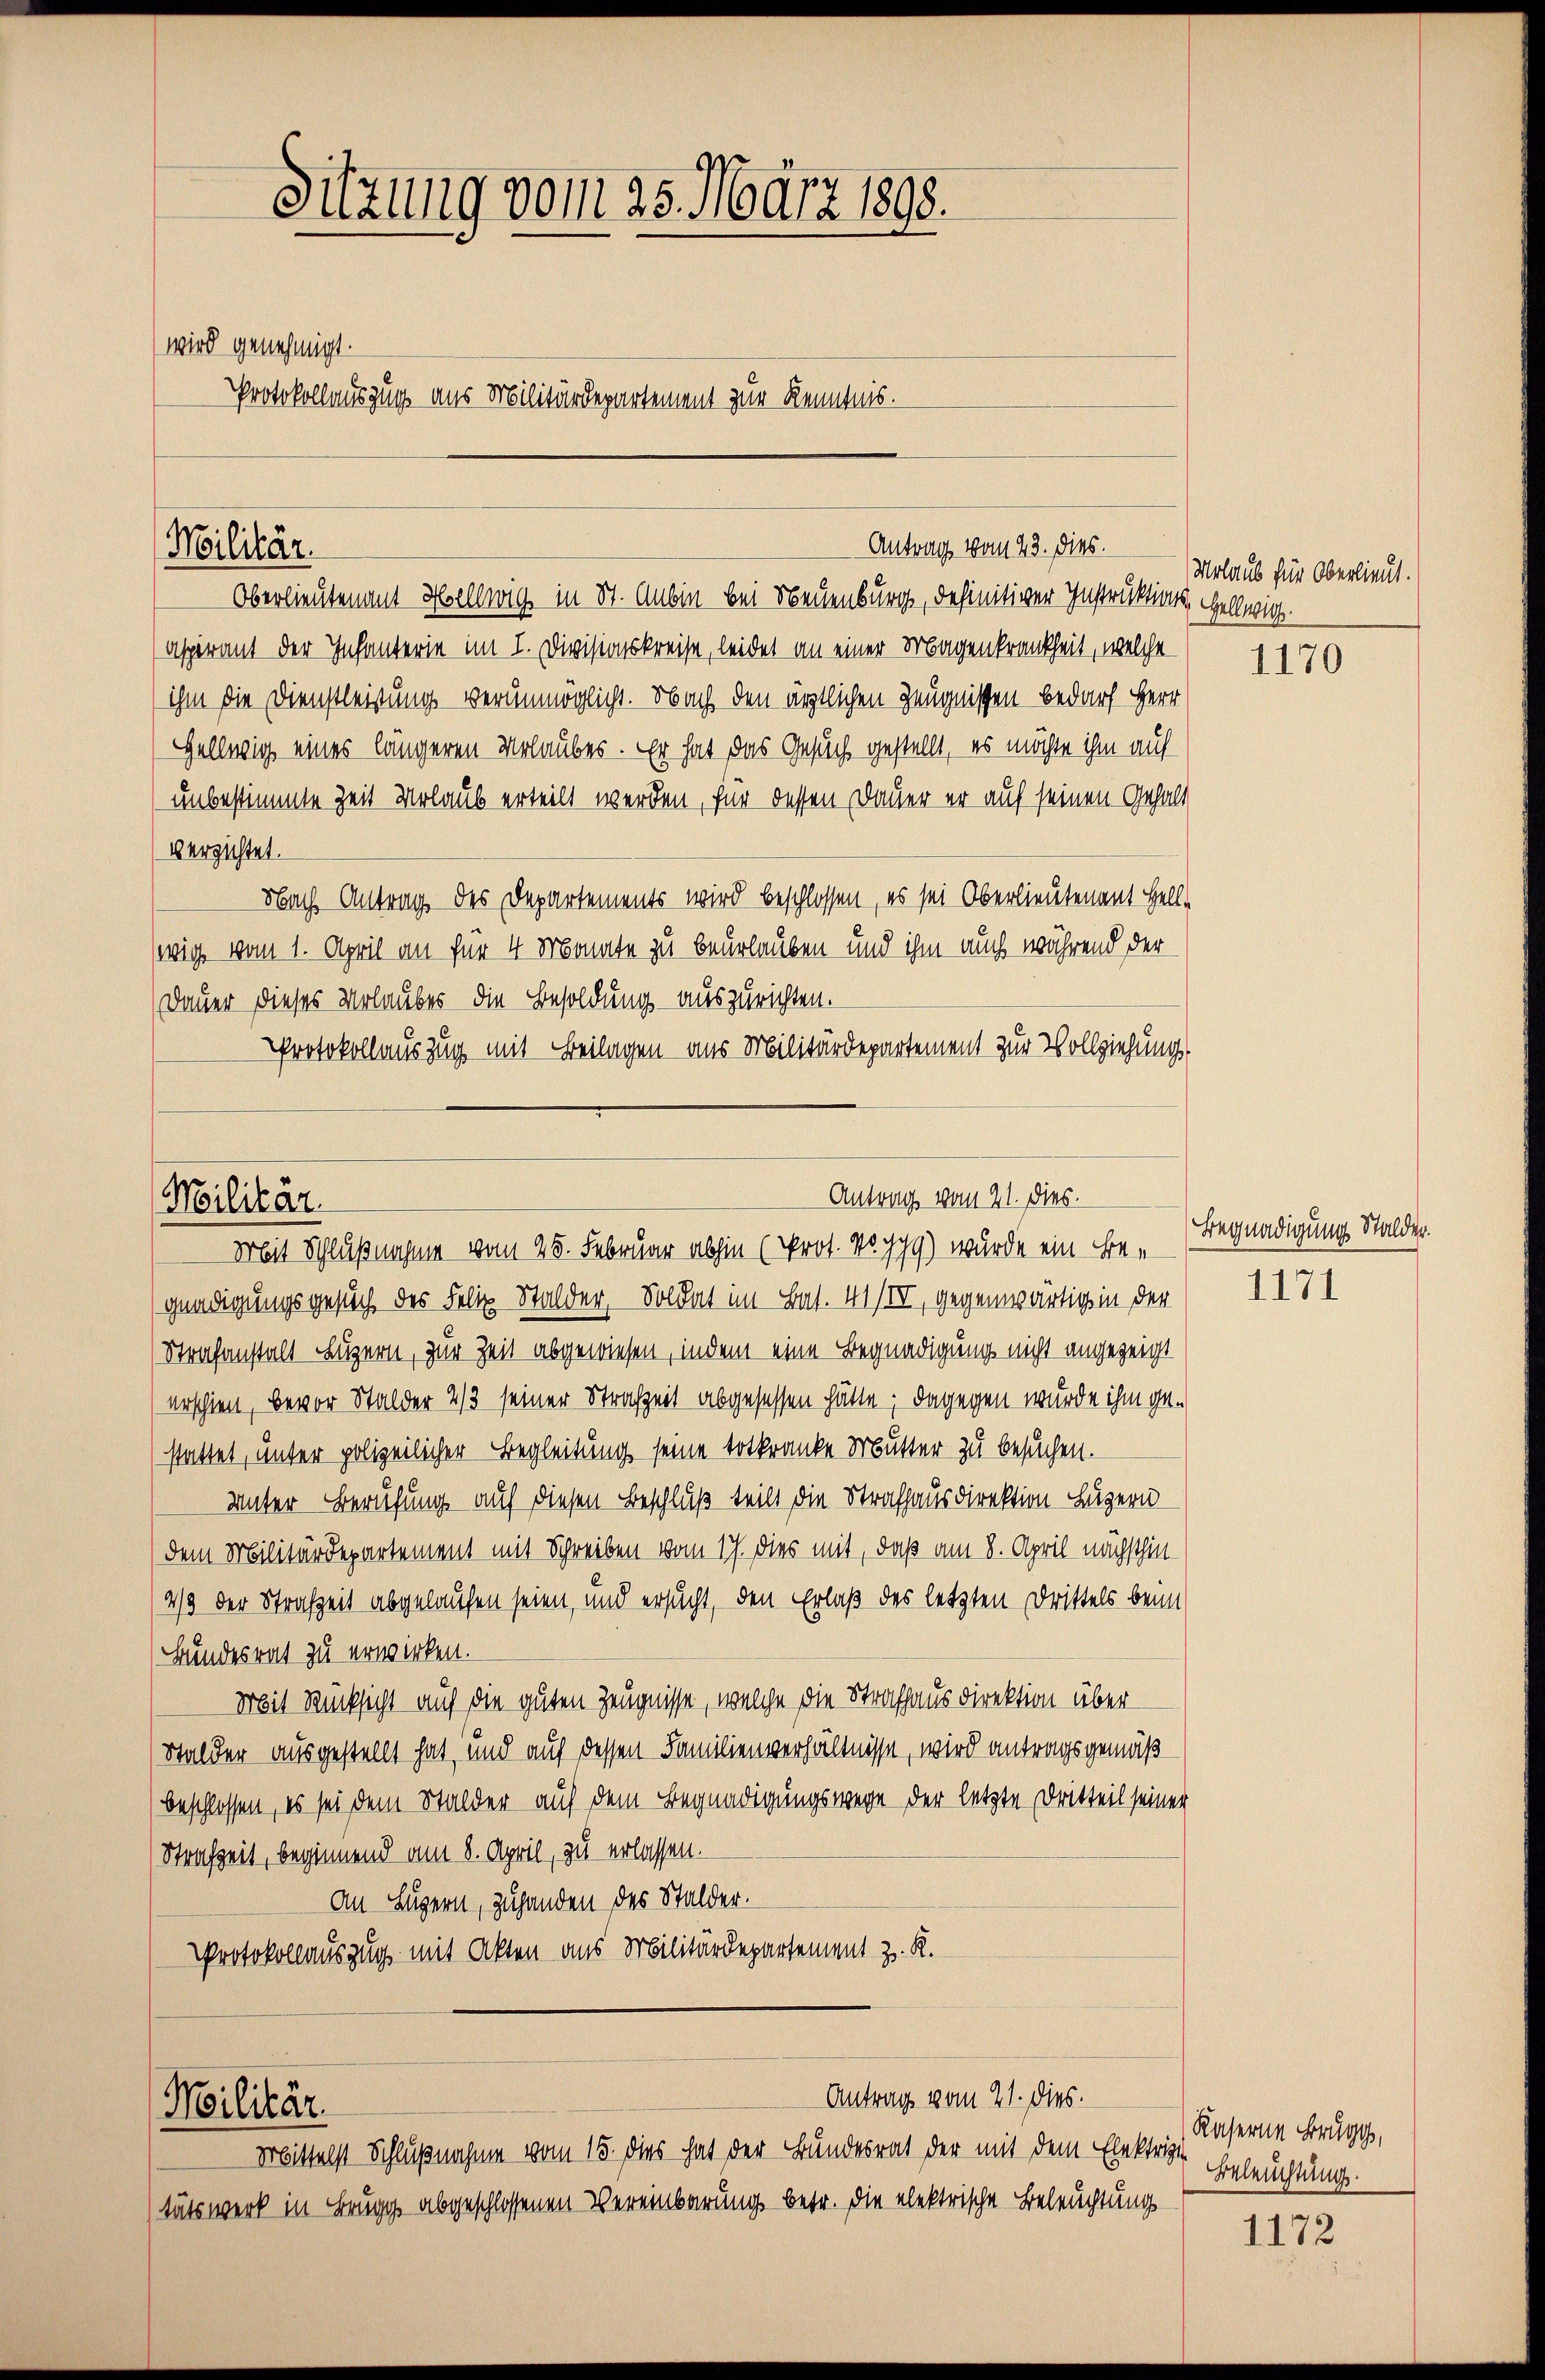
Sitzung vom 25. März 1898.
wird genehmigt.
Protokollauszug aus Militärdepartement zur Kenntnis.

Antrag vom 23. dies.
Militär.

Antrag vom 21. dies.
Militär.
Mit Schlußnahme vom 25. Februar abhin (Prot. Noppg) wurde ein Be-

Oberlieutenant Bellig in St. Anbin bei Neuenburg, definitiver Instruktions, Hellwig
Aspirant der Infanterie im I. Divisionskreise, leidet an einer Magenkrankheit, welche
ihm die Dienstleistung verunmöglicht. Nach den ärztlichen Zeugnissen bedarf Herr
Hellwig eines längeren Urlaubes. Er hat das Gesuch gestellt, es möchte ihm auf
unbestimmte Zeit Urlaub erteilt werden, für dessen Dauer er auf seinen Gehalt
verzichtet.
Nach Antrag des Departements wird beschlossen, es sei Oberlieutenant Helle
wig vom 1. April an für 4 Monate zu beurlauben und ihm auch während der
(Dauer dieses Urlaubes die Besoldung auszurichten.
Protokollauszug mit Beilagen aus Militärdepartement zur Vollziehung.

Antrag vom 21. dies.
Militär.
Mrbittelst Schlußnahme vom 15. dies hat der Bundesrat der mit dem Elektrige

tätswerk in Brugg abgeschlossenen Vereinbarung betr. die elektrische Beleuchtung

Urlaub für Oberlieut.

gnadigungsgesuch des Felix Stalder, Soldat im Bas. 41/VII, gegenwärtig in der
Strafanstalt Luzern, zur Zeit abgewiesen, indem eine Begnadigung nicht angezeigt
erschien, bevor Stalder 43 seiner Strafzeit abgesessen hätte; dagegen wurde ihm gestattet, unter polizeilicher Begleitung seine totkranke Mutter zu besuchen.
Unter Berufung auf diesen Beschluß teilt die Strafhausdirektion Luzern
(dem Militärdepartement mit Schreiben vom 17. dies mit, daß am 8. April nächsthin
4/3 der Strafzeit abgelaufen seien, und ersucht, den Erlaß des letzten Drittels beim
Bundesrat zu erwirken.
Mit Rücksicht auf die guten Zeugnisse, welche die Strafhausdirektion über
Stalder ausgestellt hat, und auf dessen Familienverhältnisse, wird antragsgemäß
beschlossen, es sei dem Stalder auf dem Begnadigungswege der letzte Dritteil seiner
Strafzeit, beginnend am 8. April, zu erlassen.
An Luzern, zuhanden des Stalder.
Protokollauszug mit Akten aus Militärdepartement z. R.

1170

Begnadigung Stalder.

1171

Kaserne Brugg,
Beleuchtung.

1172